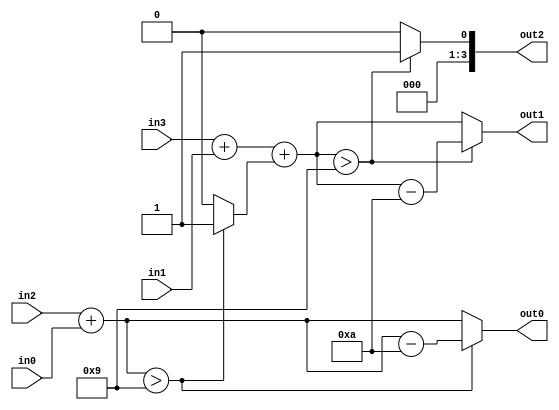
module adder_2d(
	out2,
	out1,
	out0,
	in3,
	in2,
	in1,
	in0
	);
	
	output reg [3:0]out2;
	output reg [3:0]out1;
	output reg [3:0]out0;
	
	input [3:0]in3;
	input [3:0]in2;
	input [3:0]in1;
	input [3:0]in0;
	
	reg carry;
	
	always@*
		if(in2 + in0 > 4'd9)
			begin
				carry = 1'b1;
				out0 = in2 + in0 - 4'd10;
			end
		else
			begin
				carry = 1'b0;
				out0 = in2 + in0;
			end
			
	always@*
		if(in3 + in1 + carry > 4'd9)
			begin
				out2 = 4'd1;
				out1 = in3 + in1 + carry - 4'd10;
			end
		else
			begin
				out2 = 4'd0;
				out1 = in3 + in1 + carry;
			end
			
endmodule